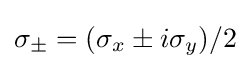
\sigma _{\pm }=(\sigma _{x}\pm i\sigma _{y})/2